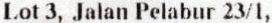
LOT 3, JALAN PELABUR 23/1,